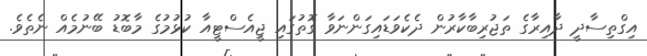
އިގްތިސާދީ ދާއިރާގެ ތަޖުރިބާކާރުން ދެކެވަޑައިގަންނަވާ ގޮތުގައި ޖީއެސްޓީއާ ކުޅުމުގެ މާބޮޑު ބޭނުމެއް ނެތެވެ.